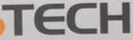
TECH